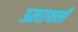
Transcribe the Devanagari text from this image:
ऊतरायासी